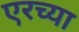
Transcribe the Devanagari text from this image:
एरच्या